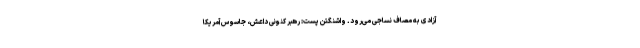
آزادی به مصاف نساجی می‌رود. واشنگتن پست: رهبر کنونی داعش، جاسوس آمریکا